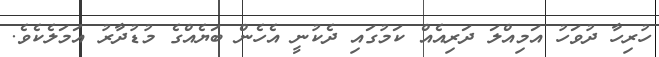
ހުރިހާ ދުވަހު އަމިއްލަ ދަރިއެއް ކަމުގައި ދެކުނީ އެހެން ބަޔެއްގެ މުޑުދާރު އަމަލެކެވެ.